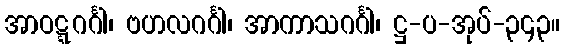
အာဝဋ္ဋဂင်္ဂါ၊ ဗဟလဂင်္ဂါ၊ အာကာသဂင်္ဂါ၊ ဋ္ဌ-ပ-အုပ်-၃၄၃။